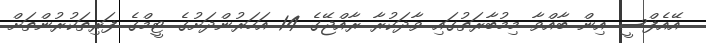
އޭއެފްސީ އިން ބާއްވާ މިމުބާރަތުގައި ވާދަކުރާ ރާއްޖޭގެ 14 އަހަރުންދަށުގެ ޓީމްގެ ފަރިތަކުރުންތަށް